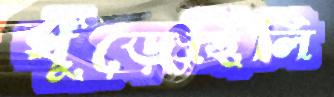
খুঁড়েছিলি